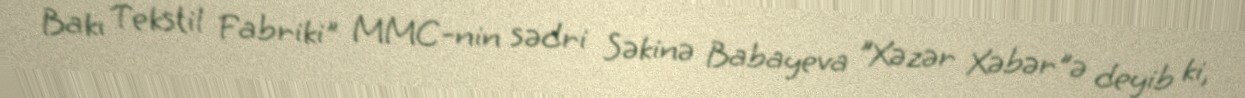
Bakı Tekstil Fabriki" MMC-nin sədri Səkinə Babayeva "Xəzər Xəbər"ə deyib ki,